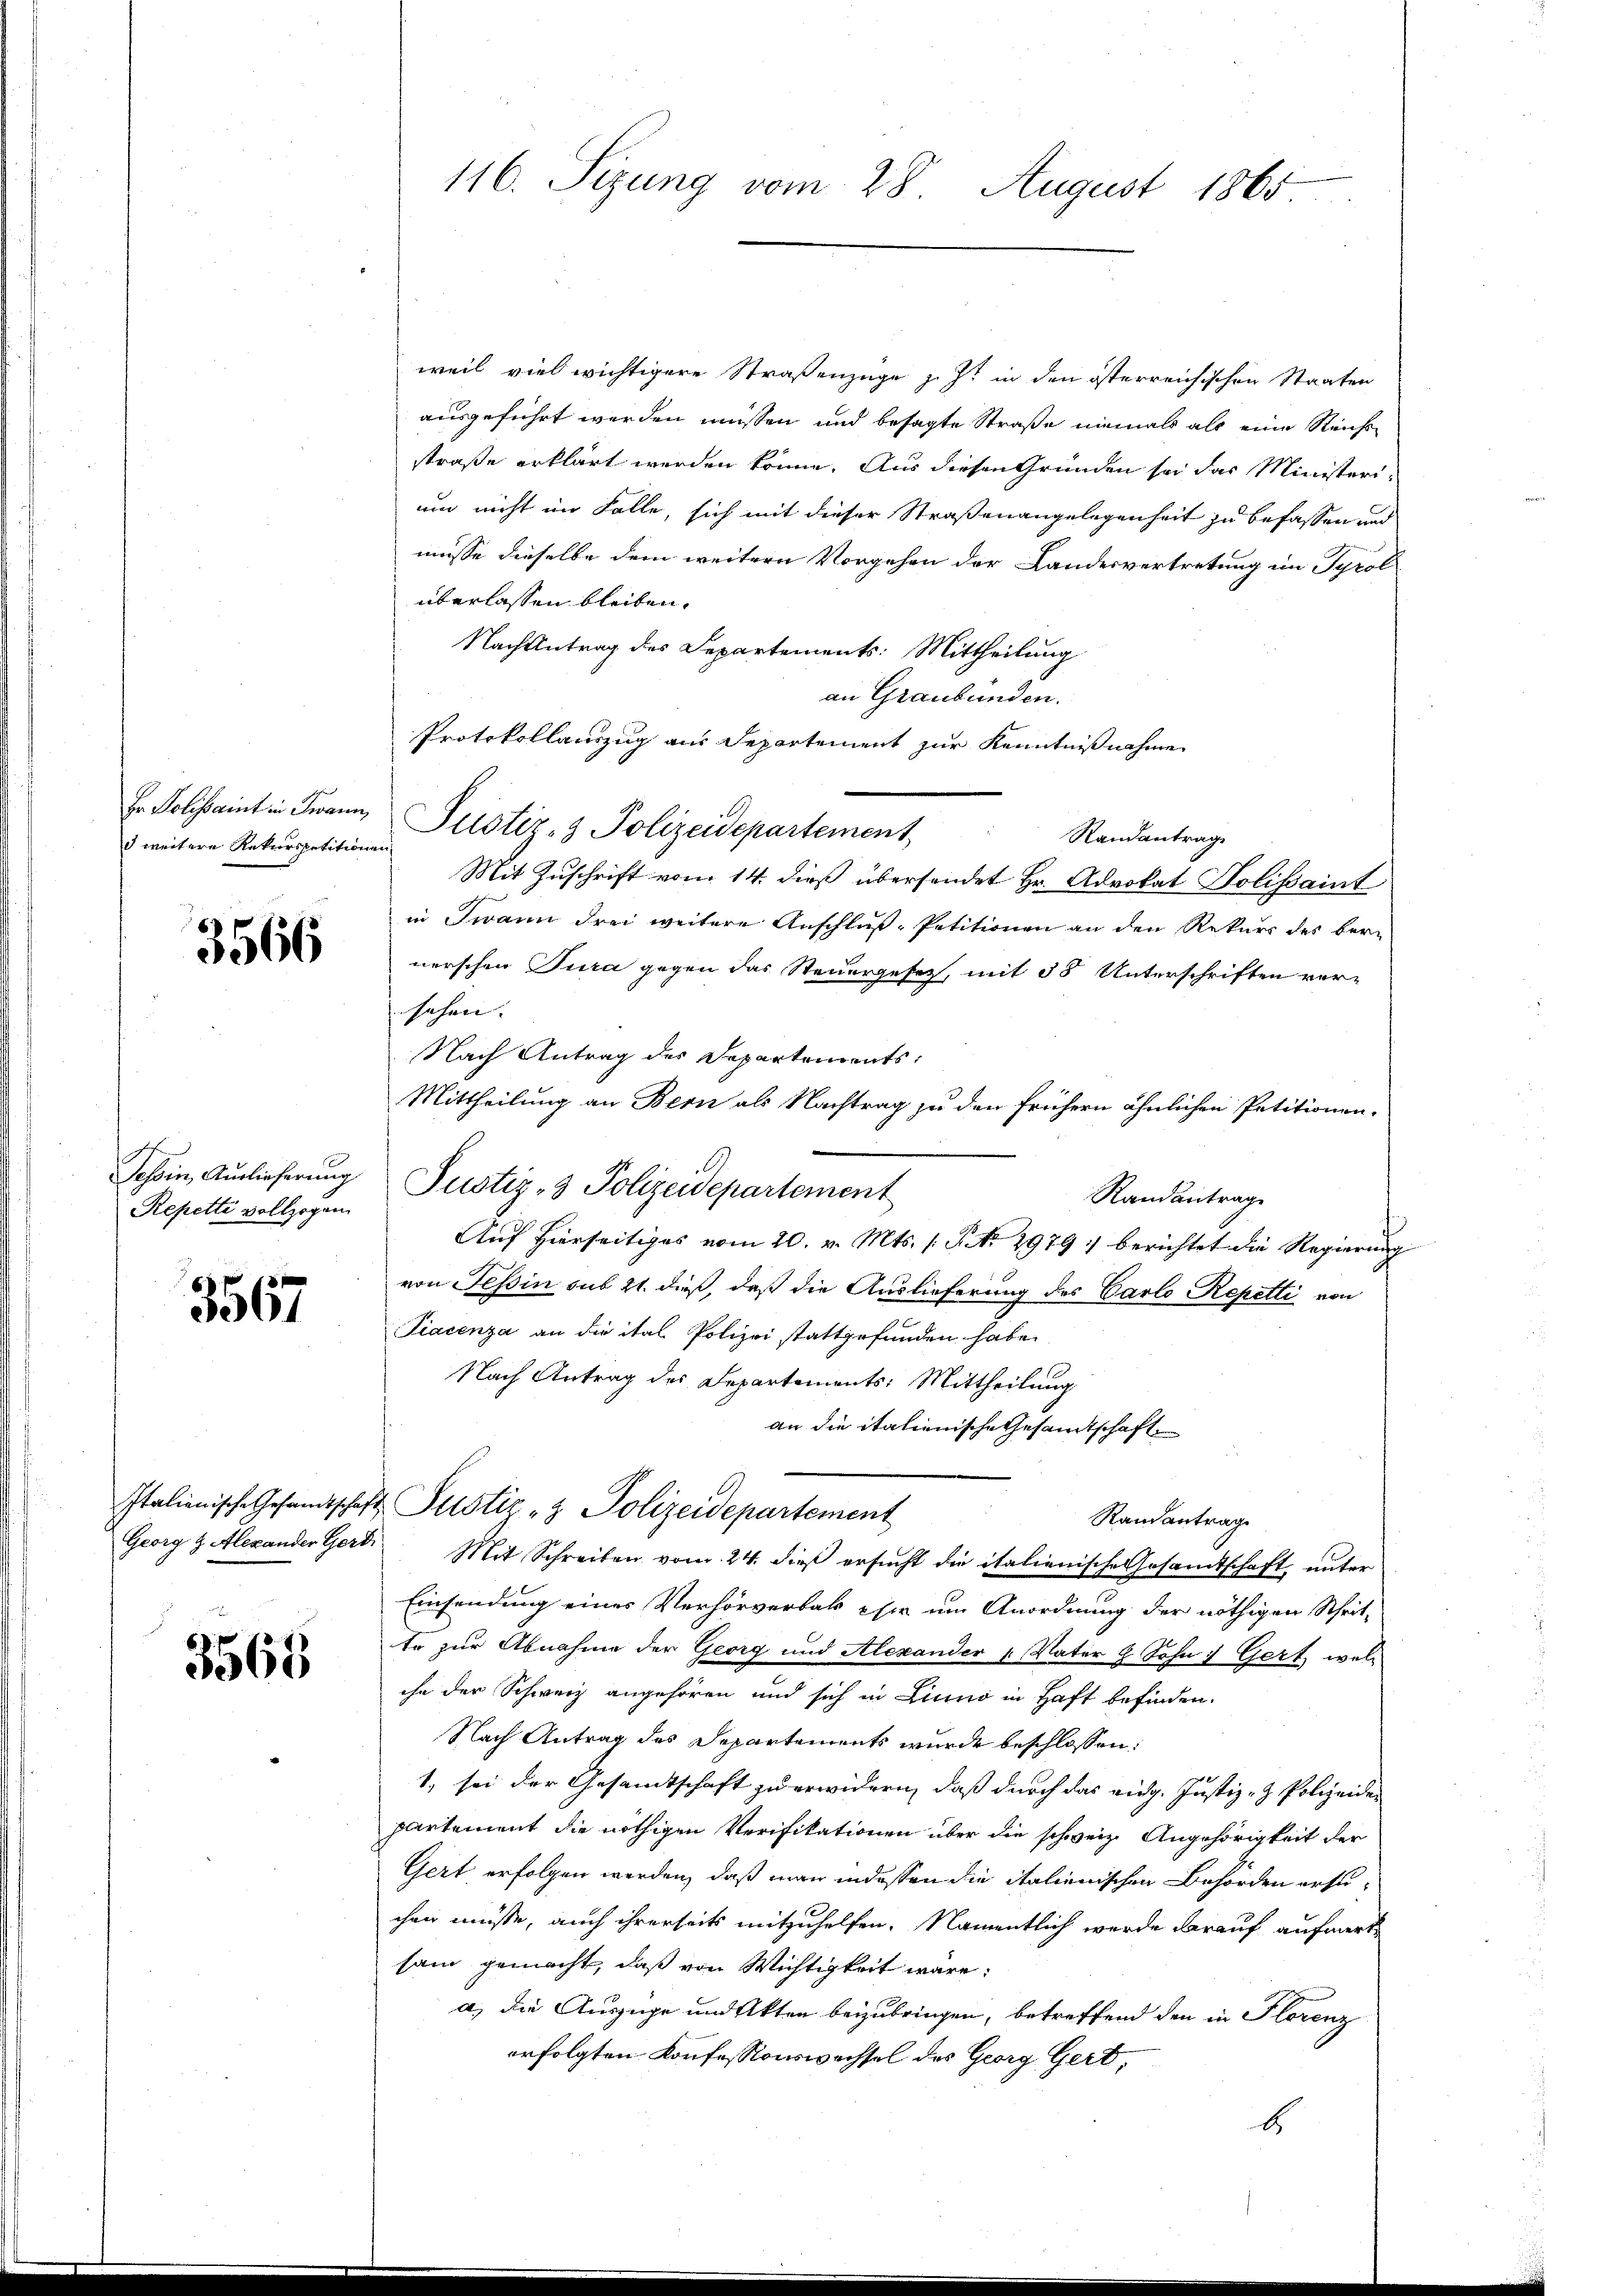
d weitere Rekurs petitionen

3566

t
Repette vollzogen

3567

3565

weil viel wichtigere Straßenzüge zu st in den österreichischen Staaten
ausgeführt werden müssen und besagte Straße niemals als eine Reicht
straße erklärt werden könne. Aus diesen Gründen sei das Ministerium nicht im Falle, sich mit dieser Straßenangelegenheit zu befassen und
müsse dieselbe dem weitern Vorgehen der Landesvertretung im Tyrol
überlassen bleiben.
Nachantrag des Departements: Mittheilung
an Graubünden.
Protokollauszug aus Departement zur Kenntnißnahme
Fr. Solissaint in Frau Justiz- & Polizeidepartement Randantrage
Mit Zuschrift vom 14. dieß übersendet Hr. Advokat Dolissaint
in Twann drei weitere Anschluß-Petitionen an den Rekurs des bere
nerschen Jura gegen das Steuergesetz, mit 58 Unterschriften ver-
sehen. |
Nach Antrag des Separtements:
Mittheilung an Bern als Nachtrag zu den frühern ähnlichen Petitionen-
Schon Auslieferung Justiz- & Polizeidepartement
Randantrage
Auf hierseitiges vom 20. v. Mts. s. S. Nr. 2979 :/ berichtet die Regierung
von Tessin sub 21. dieß, daß die Auslieferung des Carlo Repetti von
Tiacenza an die ital Polizei stattgefunden habe.
Nach Antrag des Departements: Mittheilung
an die italienische Gesamtschaft
Italienische Gesandtschaft Pustiz & Polizeidepartement
Randantrag
Georg & Alexander Gert. Mit Schreiben vom 24. dieβ ersŭcht die italienische Gesamtschaft unter
Einsendung einer Verhörverbak eher um Anordnung der nöthigen Scheit,
te zur Abnahme der Georg und Alexander „Vater & Sohn 7 Gert, welc
ihn der Schweiz angehören und sich in Linno in Haft befinden.
Nach Antrag des Departements wurde beschlossen:
1, sei der Gesandtschaft zu erwidern, daß durch das eidg. Justiz- & Polizeiden
partement die nöthigen Verifikationen über die schweiz. Angehörigkeit der
Gert erfolgen werden, daß man indessen die italienischen Behörden ersuchen müsse, auch ihrerseits mitzuhelfen. Namentlich werde darauf aufmerk
sam gemacht, daß von Wichtigkeit wäre;
a) die Auszüge und Akten beizubringen, betreffend den in Florenz
erfolgten Konfessionswachsel des Georg Gerd,
b

116. Sizung vom 28. August 1865